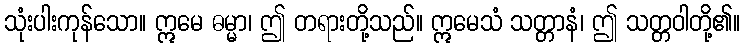
သုံးပါးကုန်သော။ ဣမေ ဓမ္မာ၊ ဤ တရားတို့သည်။ ဣမေသံ သတ္တာနံ၊ ဤ သတ္တဝါတို့၏။